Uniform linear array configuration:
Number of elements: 64
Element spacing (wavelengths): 0.25
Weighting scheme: hann
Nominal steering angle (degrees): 45
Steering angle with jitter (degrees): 43.349
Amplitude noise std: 0.05
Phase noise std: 0.05

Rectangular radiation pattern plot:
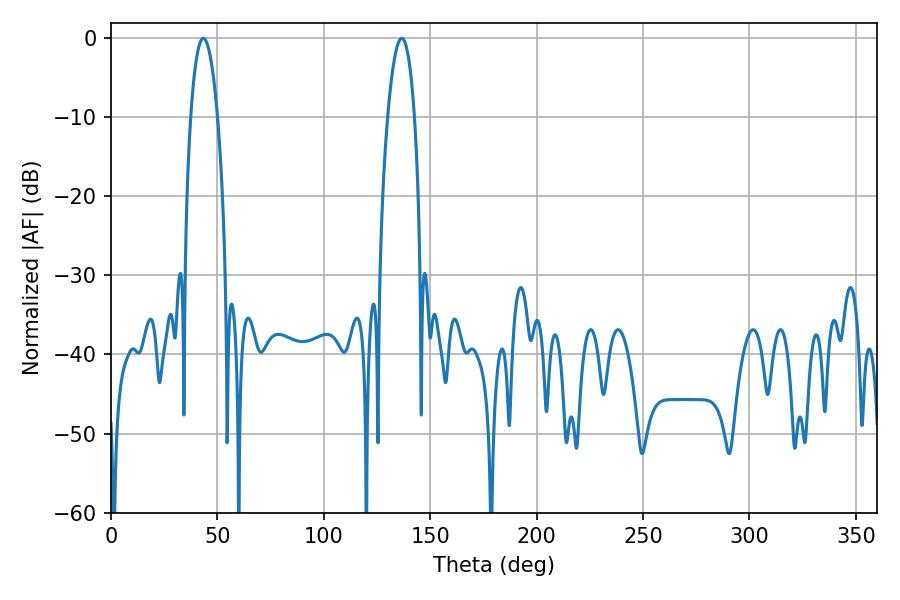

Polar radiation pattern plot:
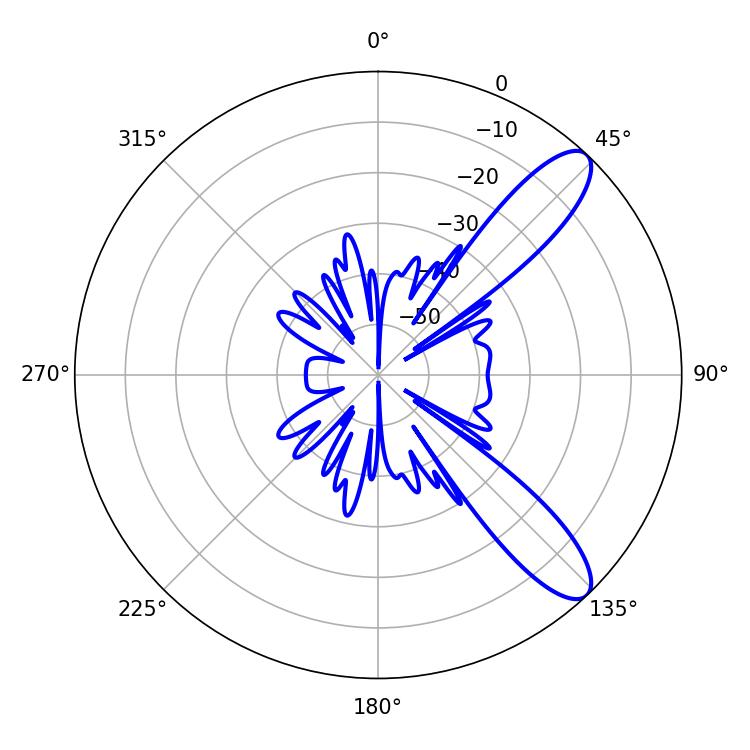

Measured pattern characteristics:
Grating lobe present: FALSE
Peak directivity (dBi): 10.445
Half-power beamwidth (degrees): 7.02
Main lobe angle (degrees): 43.38